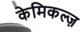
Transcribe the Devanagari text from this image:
केमिकल्ज़